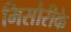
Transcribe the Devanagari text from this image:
मिसौरीके